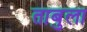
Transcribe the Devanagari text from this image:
ताबुला